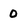
Character: 0